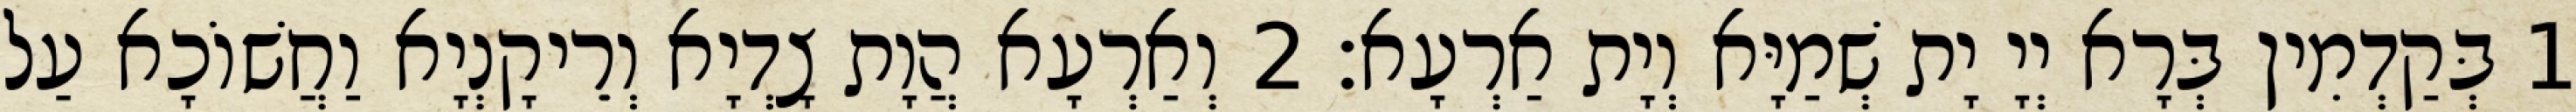
1 בְּקַדְמִין בְּרָא יְיָ יָת שְׁמַיָּא וְיָת אַרְעָא׃ 2 וְאַרְעָא הֲוָת צָדְיָא וְרֵיקָנְיָא וַחֲשׁוֹכָא עַל